Report on the cultivation and use of ganja
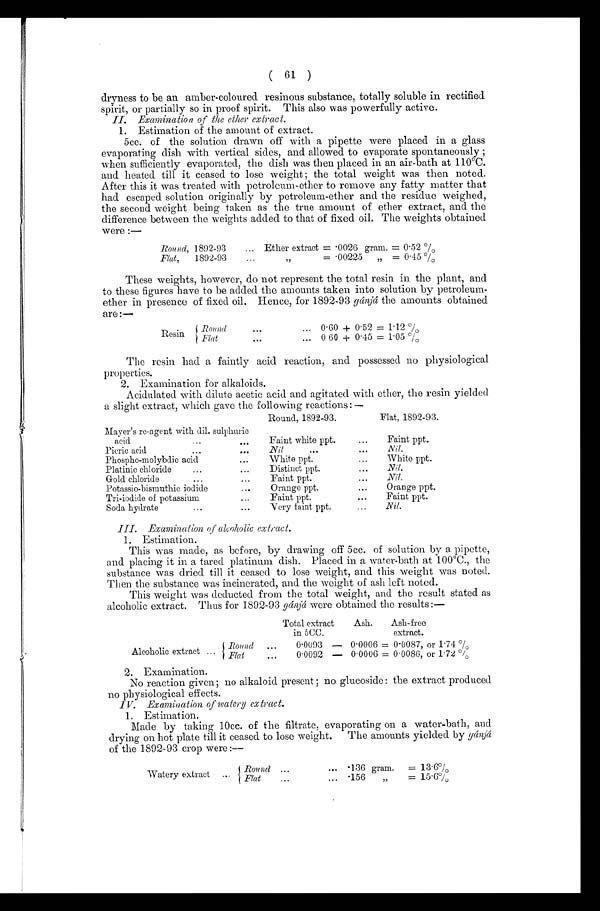
( 61 )
dryness to be an amber-coloured resinous substance, totally soluble in rectified
spirit, or partially so in proof spirit. This also was powerfully active.
II. Examination of the ether extract.
1.
Estimation of the amount of extract.
5cc. of the solution drawn off with a pipette were placed in a glass
evaporating dish with vertical sides, and allowed to evaporate spontaneously ;
when sufficiently evaporated, the dish was then placed in an air-bath at 110°C.
and heated till it ceased to lose weight; the total weight was then noted.
After this it was treated with petroleum-ether to remove any fatty matter that
had escaped solution originally by petroleum-ether and the residue weighed,
the second weight being taken as the true amount of ether extract, and the
difference between the weights added to that of fixed oil. The weights obtained
were :—
Round, 1892-93
... Ether extract = • 0026 gram. = 0 . 52%
Flat,
1892-93
...
,,
= .00225
„ = 0 . 45%
These weights, however, do not represent the total resin in the plant, and
to these figures have to be added the amounts taken into solution by petroleum-
ether in presence of fixed oil. Hence, for 1892-93 gánjá the amounts obtained
are:—
Resin
{ R o u n d
. . .
0 . 60 + 0 . 52 = 1 . 12 %
Flat
. . .
0.60 + 0 . 45 = 1 . 05%
The resin had a faintly acid reaction, and possessed no physiological
properties.
2. Examination for alkaloids.
Acidulated with dilute acetic acid and agitated with ether, the resin yielded
a slight extract, which gave the following reactions:—
Round, 1892-93.
Flat, 1892-93.
Mayer's re-agent with dil. sulphuric
...
acid
0
. . .
Faint white ppt.
. . .Faint ppt.
Picric acid
. . .
Nil
. . .
...
Nil.
Phospho-molybdic acid
. . .
White ppt.
. . ..
White ppt.
Platinic chloride
...
Distinct ppt.
...
Nil.
Gold chloride
...
...
Faint ppt.
...
Nil. .
Potassio-bismuthic iodide
. . .
Orange ppt.
Orange ppt.
Tri-iodide of potassium. ...
ppt.
...
Faint ppt.
Soda hydrate
. . . ...
Very faint ppt
.. Nil.
III. Examination of alcoholic extract.
1. Estimation.
This was made, as before, by drawing off 5cc. of solution by a pipette,
and placing it in a tared platinum dish. Placed in a water-bath at 100°C., the
substance was dried till it ceased to lose weight, and this weight was noted.
Then the substance was incinerated, and the weight of ash left noted.
This weight was deducted from the total weight, and the result stated as
alcoholic extract. Thus for 1892-93 gánjá were obtained the results:—
Total extract
in 5CC.
Ash.
Ash-free
extract.
{Round
...
0.0093 —
Alcoholic extract ...
{ F l a t
. . .
0 . 0 0 9 2
—
0 . 0006 =
0 . 0006 =
0.0087, or 1 . 74%
0 . 0086, or 1 . 72%
2. Examination.
No reaction given; no alkaloid present ; no glucoside: the extract produced
no physiological effects.
IV. Examination of watery extract.
1. Estimation.
Made by taking 10cc. of the filtrate, evaporating on a water-bath, and
drying on hot plate till it ceased to lose weight. The amounts yielded by gánjá
of the 1892-93 crop were :--
W a t e r y
R o u n d
. . .
W
...
{
...
... • 136 gram.
= 13-6%
... • 156
„
= 15.6%